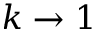
k \rightarrow 1